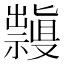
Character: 𱵳